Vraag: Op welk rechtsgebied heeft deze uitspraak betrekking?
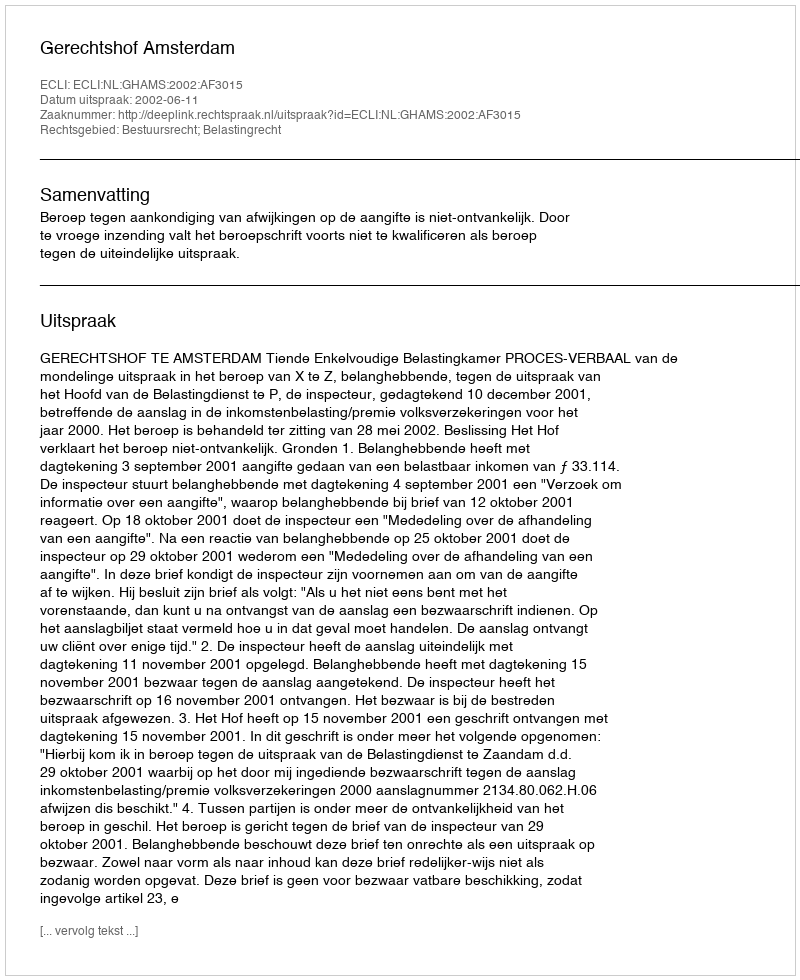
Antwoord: Bestuursrecht; Belastingrecht